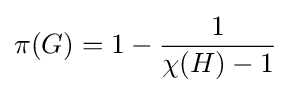
\pi (G)=1-{\frac {1}{\chi (H)-1}}